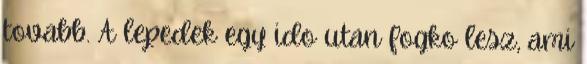
tovabb. A lepedek egy ido utan fogko lesz, ami